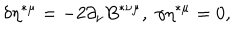
\delta \eta ^ { * \mu } = - 2 \partial _ { \nu } B ^ { * \nu \mu } , \; \gamma \eta ^ { * \mu } = 0 ,